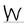
Character: W